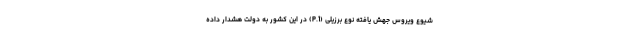
شیوع ویروس جهش یافته نوع برزیلی (P.1) در این کشور به دولت هشدار داده